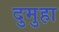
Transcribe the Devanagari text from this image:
दुमुहा